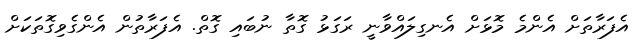
އެފަރާތަށް އެންމެ މޮޅަށް އެނގިލައްވާނީ ރަގަޅު ގޮތާ ނުބައި ގޮތް. އެފަރާތުން އެންގެވިގޮތަކަށް